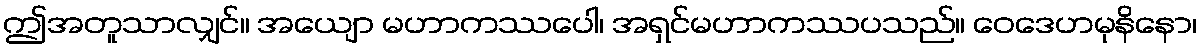
ဤအတူသာလျှင်။ အယျော မဟာကဿပေါ၊ အရှင်မဟာကဿပသည်။ ဝေဒေဟမုနိနော၊